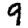
Digit: 9